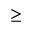
\geq